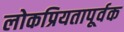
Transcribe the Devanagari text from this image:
लोकप्रियतापूर्वक